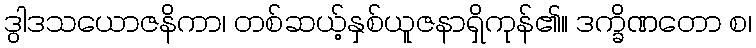
ဒွါဒသယောဇနိကာ၊ တစ်ဆယ့်နှစ်ယူဇနာရှိကုန်၏။ ဒက္ခိဏတော စ၊